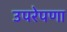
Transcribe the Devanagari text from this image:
उपरेपणा